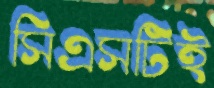
সিএসটিই